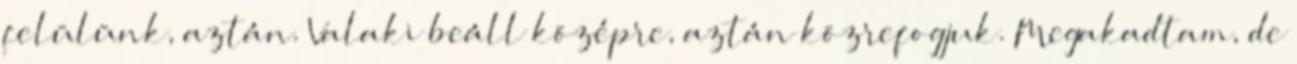
felülünk, aztán. Valaki beáll középre, aztán közrefogjuk. Megakadtam, de